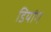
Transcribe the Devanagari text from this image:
डियांग